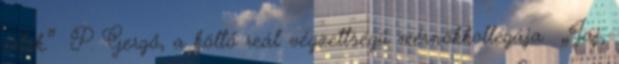
értek.” P. Gergő, a költő reál végzettségű mérnökkollégája „Jaj,